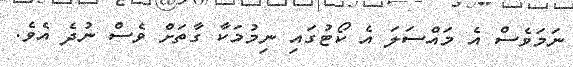
ނަމަވެސް އެ މައްސަލަ އެ ކޯޓުގައި ނިމުމަކާ ގާތަށް ވެސް ނުދެ އެވެ.